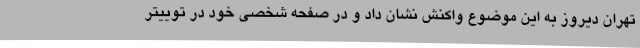
تهران دیروز به این موضوع واکنش نشان داد و در صفحه شخصی خود در توییتر